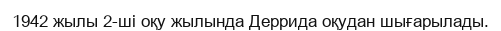
1942 жылы 2-ші оқу жылында Деррида оқудан шығарылады.